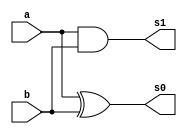
// ------------------------- 
// Exemplo0021 - FullAdder 
// Nome: Filipe Viana de Miranda 
// ------------------------- 
// ------------------------- 
// FullAdder_gate 
// -------------------------
module Adder (output s0, output s1,input a, input b);

xor XOR1 (s0,a,b);
and AND1 (s1,a,b);

endmodule//Adder

module fullAdder (output s2,output Carry_out,input Carry_in,input x,input y);

wire temp1,temp2,temp3;

Adder A1 (temp1,temp2,x,y);
Adder A2 (s2,temp3,temp1,Carry_in);
or OR1(Carry_out,temp3,temp2);

endmodule//fullAdder

module Prin (output [3:0] s,output sinal,input [3:0] x1,input [3:0] y1 ,input Carry_in);

wire temp4,temp5,temp6;

fullAdder fA1(s[0],temp4,Carry_in,x1[0],y1[0]);
fullAdder fA2(s[1],temp5,temp4,x1[1],y1[1]);
fullAdder fA3(s[2],temp6,temp5,x1[2],y1[2]);
fullAdder fA4(s[3],sinal,temp6,x1[3],y1[3]);

endmodule//Prin

module testPrin;
// ------------------------- definir dados 
reg [3:0] x;
reg [3:0] y;
reg  v;
wire [3:0] s;
wire sinal; 
Prin modulo ( s, sinal, x, y, v);
// ------------------------- parte principal 
initial begin 
$display("Exemplo0021 - Filipe Viana de Miranda - 446415"); 
$display("Test AU's module"); 
x = 4'b0000; y = 4'b0000; v = 'b0; 
// projetar testes do modulo 
$display("\na b Carry_in sinal s");
#1 $monitor("%b %b %b %b %b",x,y,v,sinal,s);
#1 x='b0001;y ='b0001; v= 'b0;  
#1 x='b0010;y ='b0010; v= 'b0;
#1 x='b0011;y ='b0011; v= 'b0;

#1 x='b0100;y ='b0100; v= 'b0; 
#1 x='b0101;y ='b0101; v= 'b0;  
#1 x='b0110;y ='b0110; v= 'b0;
#1 x='b0111;y ='b0111; v= 'b0;

#1 x='b1000;y ='b1000; v= 'b0; 
#1 x='b1001;y ='b1001; v= 'b0;  
#1 x='b1010;y ='b1010; v= 'b0;
#1 x='b1011;y ='b1011; v= 'b0;

#1 x='b1100;y ='b1100; v= 'b0; 
#1 x='b1101;y ='b1101; v= 'b0;  
#1 x='b1110;y ='b1110; v= 'b0;
#1 x='b1111;y ='b1111; v= 'b0;

#1 x='b0000;y ='b0000; v= 'b1; 
#1 x='b0001;y ='b0001; v= 'b1;  
#1 x='b0010;y ='b0010; v= 'b1;
#1 x='b0011;y ='b0011; v= 'b1;

#1 x='b0100;y ='b0100; v= 'b1; 
#1 x='b0101;y ='b0101; v= 'b1;  
#1 x='b0110;y ='b0110; v= 'b1;
#1 x='b0111;y ='b0111; v= 'b1;

#1 x='b1000;y ='b1000; v= 'b1; 
#1 x='b1001;y ='b1001; v= 'b1;  
#1 x='b1010;y ='b1010; v= 'b1;
#1 x='b1011;y ='b1011; v= 'b1;

#1 x='b1100;y ='b1100; v= 'b1; 
#1 x='b1101;y ='b1101; v= 'b1;  
#1 x='b1110;y ='b1110; v= 'b1;
#1 x='b1111;y ='b1111; v= 'b1;

end 
endmodule // test_FullAdder